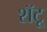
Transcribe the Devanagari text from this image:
शॅटू